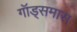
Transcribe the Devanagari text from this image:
गॉड्समास